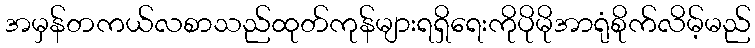
အမှန်တကယ်လစာသည်ထုတ်ကုန်များရရှိရေးကိုပိုမိုအာရုံစိုက်လိမ့်မည်